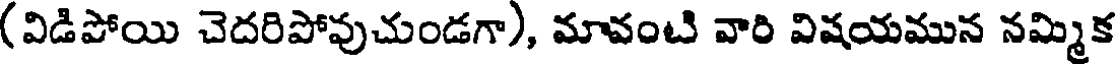
(విడిపోయి చెదరిపోవుచుండగా), మావంటి వారి విషయమున నమ్మిక